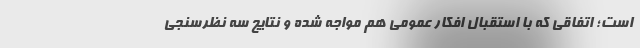
است؛ اتفاقی که با استقبال افکار عمومی هم مواجه شده و نتایج سه نظرسنجی